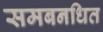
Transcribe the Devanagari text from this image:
समबनधित